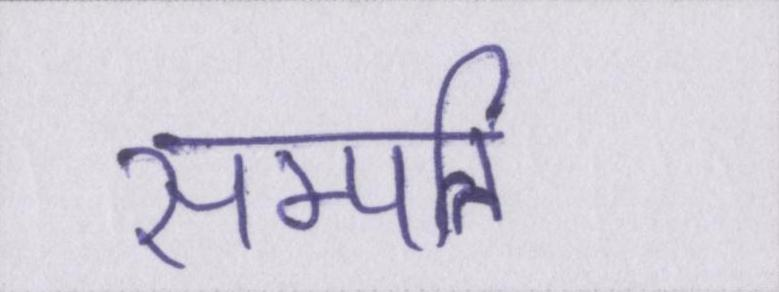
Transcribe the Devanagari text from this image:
सम्पत्ति